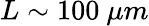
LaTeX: L\sim 100\ \mu m